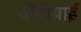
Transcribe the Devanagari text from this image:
चौंधियाई